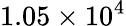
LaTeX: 1.05\times 10^{4}